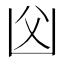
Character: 𠚁